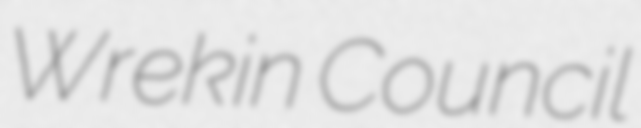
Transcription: Wrekin Council